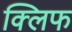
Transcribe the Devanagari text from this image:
क्‍लिफ